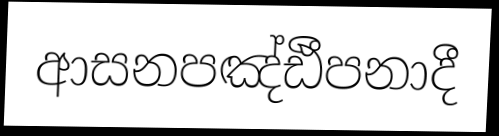
ආසනපඤ්ඪීපනාදී